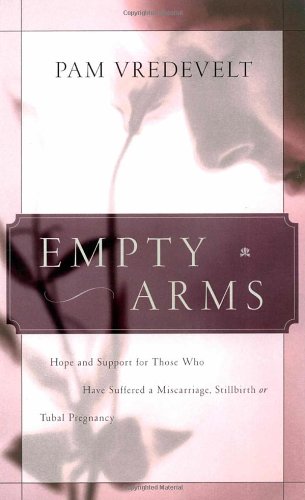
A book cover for Empty Arms: Hope and Support for Those Who Have Suffered a Miscarriage, Stillbirth, or Tubal Pregnancy; Pam Vredevelt; Self-Help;